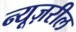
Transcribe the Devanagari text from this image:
न्यूज़रील